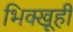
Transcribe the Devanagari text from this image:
भिक्खूही